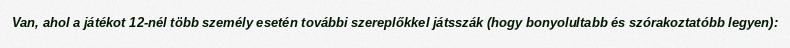
Van, ahol a játékot 12-nél több személy esetén további szereplőkkel játsszák (hogy bonyolultabb és szórakoztatóbb legyen):